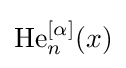
\operatorname {He} _{n}^{[\alpha ]}(x)